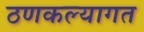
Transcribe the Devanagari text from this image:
ठणकल्यागत